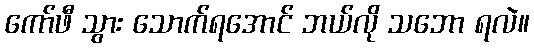
ကော်ဖီ သွား သောက်ရအောင် ဘယ်လို သဘော ရလဲ။